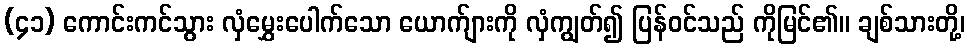
(၄၁) ကောင်းကင်သွား လှံမွှေးပေါက်သော ယောက်ျားကို လှံကျွတ်၍ ပြန်ဝင်သည် ကိုမြင်၏။ ချစ်သားတို့၊